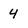
Character: 4